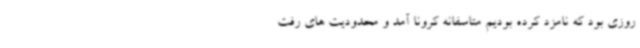
روزی بود که نامزد کرده بودیم متاسفانه کرونا آمد و محدودیت های رفت